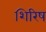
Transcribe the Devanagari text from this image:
शिरिष